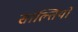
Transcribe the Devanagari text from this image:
साल्तियो